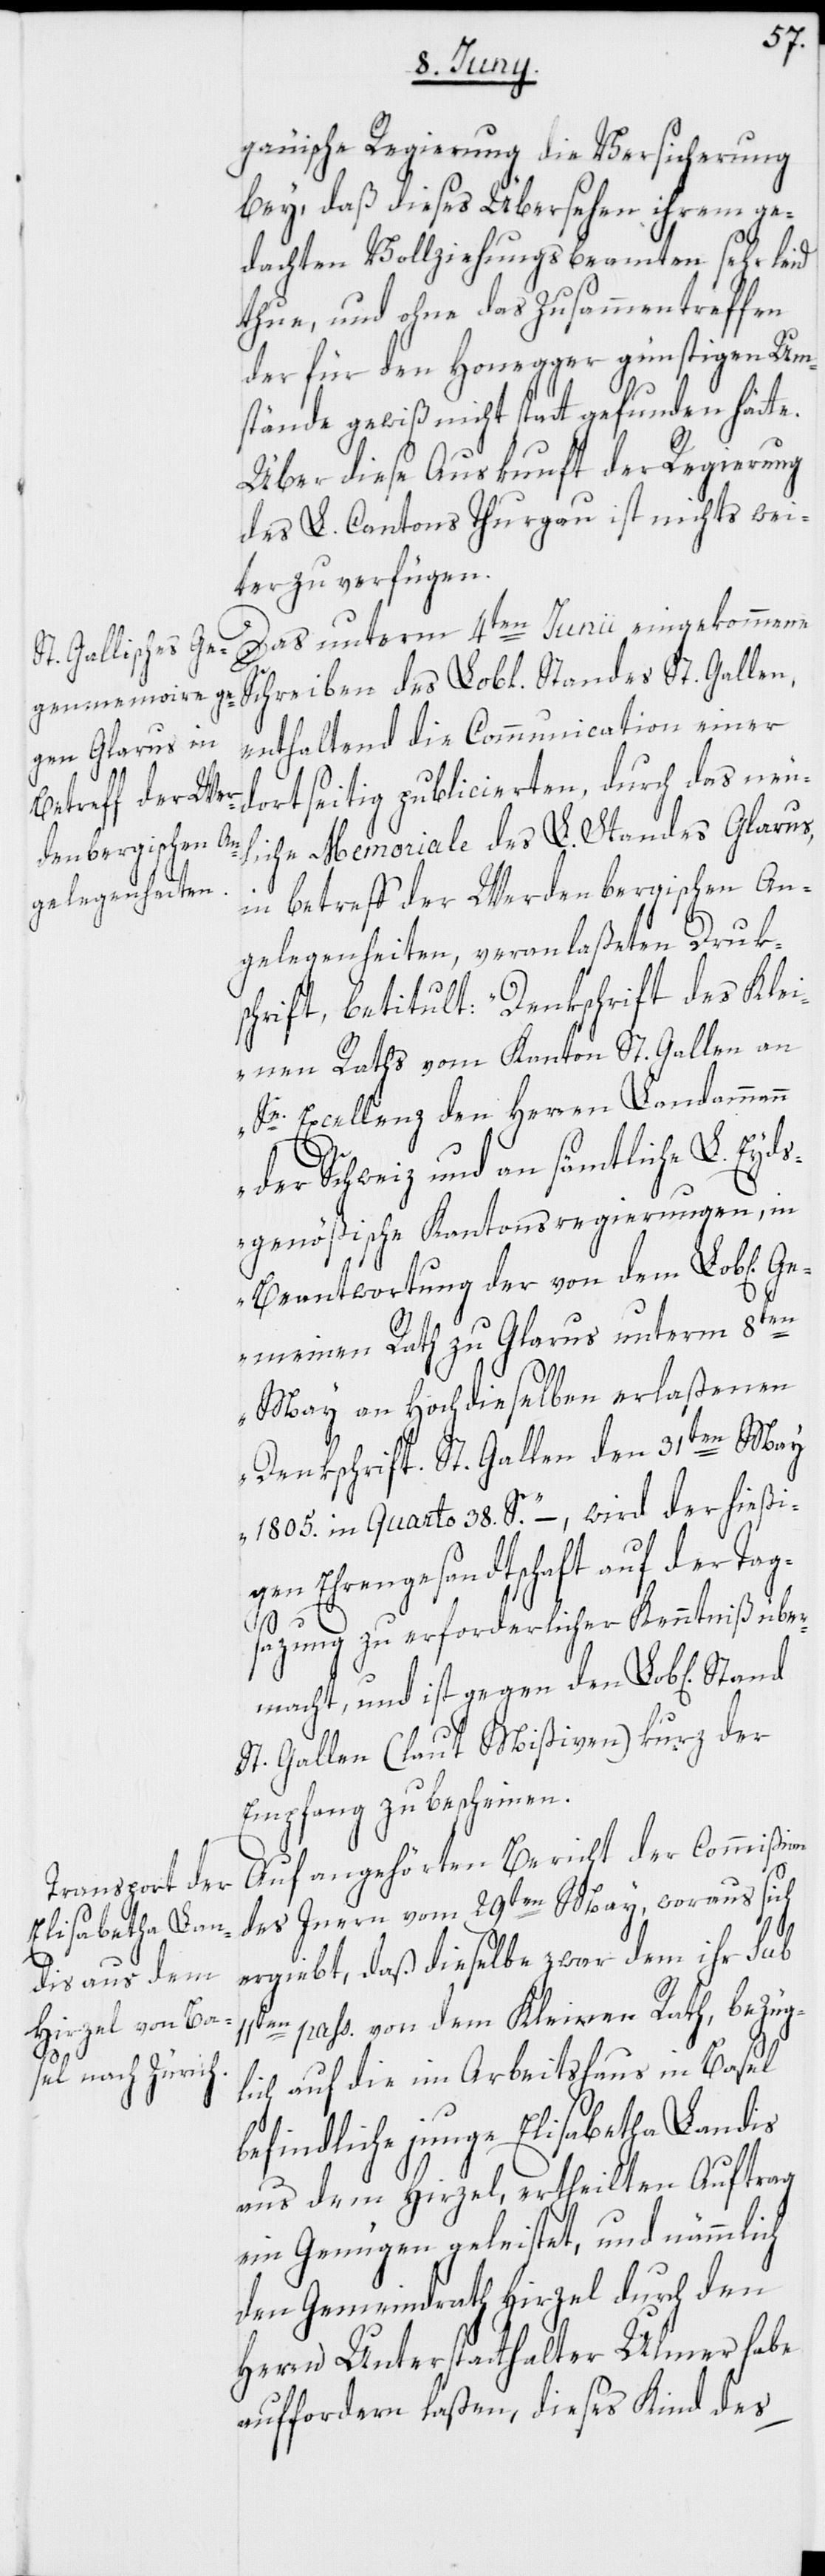
gauische Regierung die Versicherung
bey, daß dieses Übersehen ihrem ge¬
dachten Vollziehungsbeamten sehr leid
thue, und ohne das Zusammentreffen
der für den Honegger günstigen Um¬
stände gewiß nicht statt gefunden hätte.
Über diese Auskunft der Regierung
des L. Cantons Thurgau ist nichts wei¬
ter zu verfügen.
Das unterm 4ten Junii eingekommene
Schreiben des Lobl. Standes St. Gallen,
enthaltend die Communication einer
dortseitig publicierten, durch das neu¬
liche Memoriale des L. Standes Glarus,
in betreff der Werdenbergischen An¬
gelegenheiten, veranlaßeten Druk¬
schrift, betitult: „Denkschrift des Klei¬
nen Raths vom Kanton St. Gallen an
Se. Excellenz den Herren Landammann
der Schweiz und an sämtliche L. Eyd¬
sgenößische Kantonsregierungen, in
Beantwortung der von dem Lob[liche¬
n]
Gemeinen Rath zu Glarus unterm 8ten
May an Hochdieselben erlaßenen
Denkschrift. St. Gallen den 31ten May
1805. in Quarto 38. S.“ –. wird der hießi¬
gen Ehrengesandtschaft auf der Tag¬
sazung zu erforderlicher Kenntniß über¬
macht, und ist gegen den Lob[lichen]
St. Gallen (laut Mißiven) kurz der
Empfang zu bescheinen.
Auf angehörten Bericht der Commißion
des Innern vom 29ten May, woraus sich
ergiebt, daß dieselbe zwar dem ihr sub
11ten pass. von dem Kleinen Rath, bezüg¬
lich auf die im Arbeitshaus in Basel
befindliche junge Elisabetha Landis
aus dem Hirzel, ertheilten Auftrag
ein Genügen geleistet, und nämmlich
den Gemeindrath Hirzel durch den
Herrn Unterstatthalter Ulmer habe
auffordern laßen, dieses Kind des